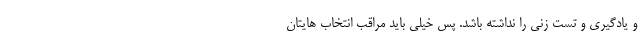
و یادگیری و تست زنی را نداشته باشد. پس خیلی باید مراقب انتخاب هایتان